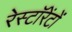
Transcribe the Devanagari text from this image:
रेस्टॉरेंटों